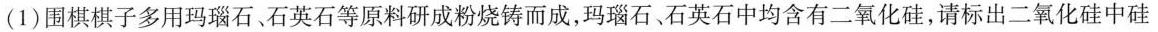
(1) 围棋棋子多用玛瑙石、石英石等原料研成粉烧铸而成，玛瑙石、石英石中均含有二氧化硅，请标出二氧化硅中硅